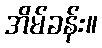
အိမ်ခန်း။